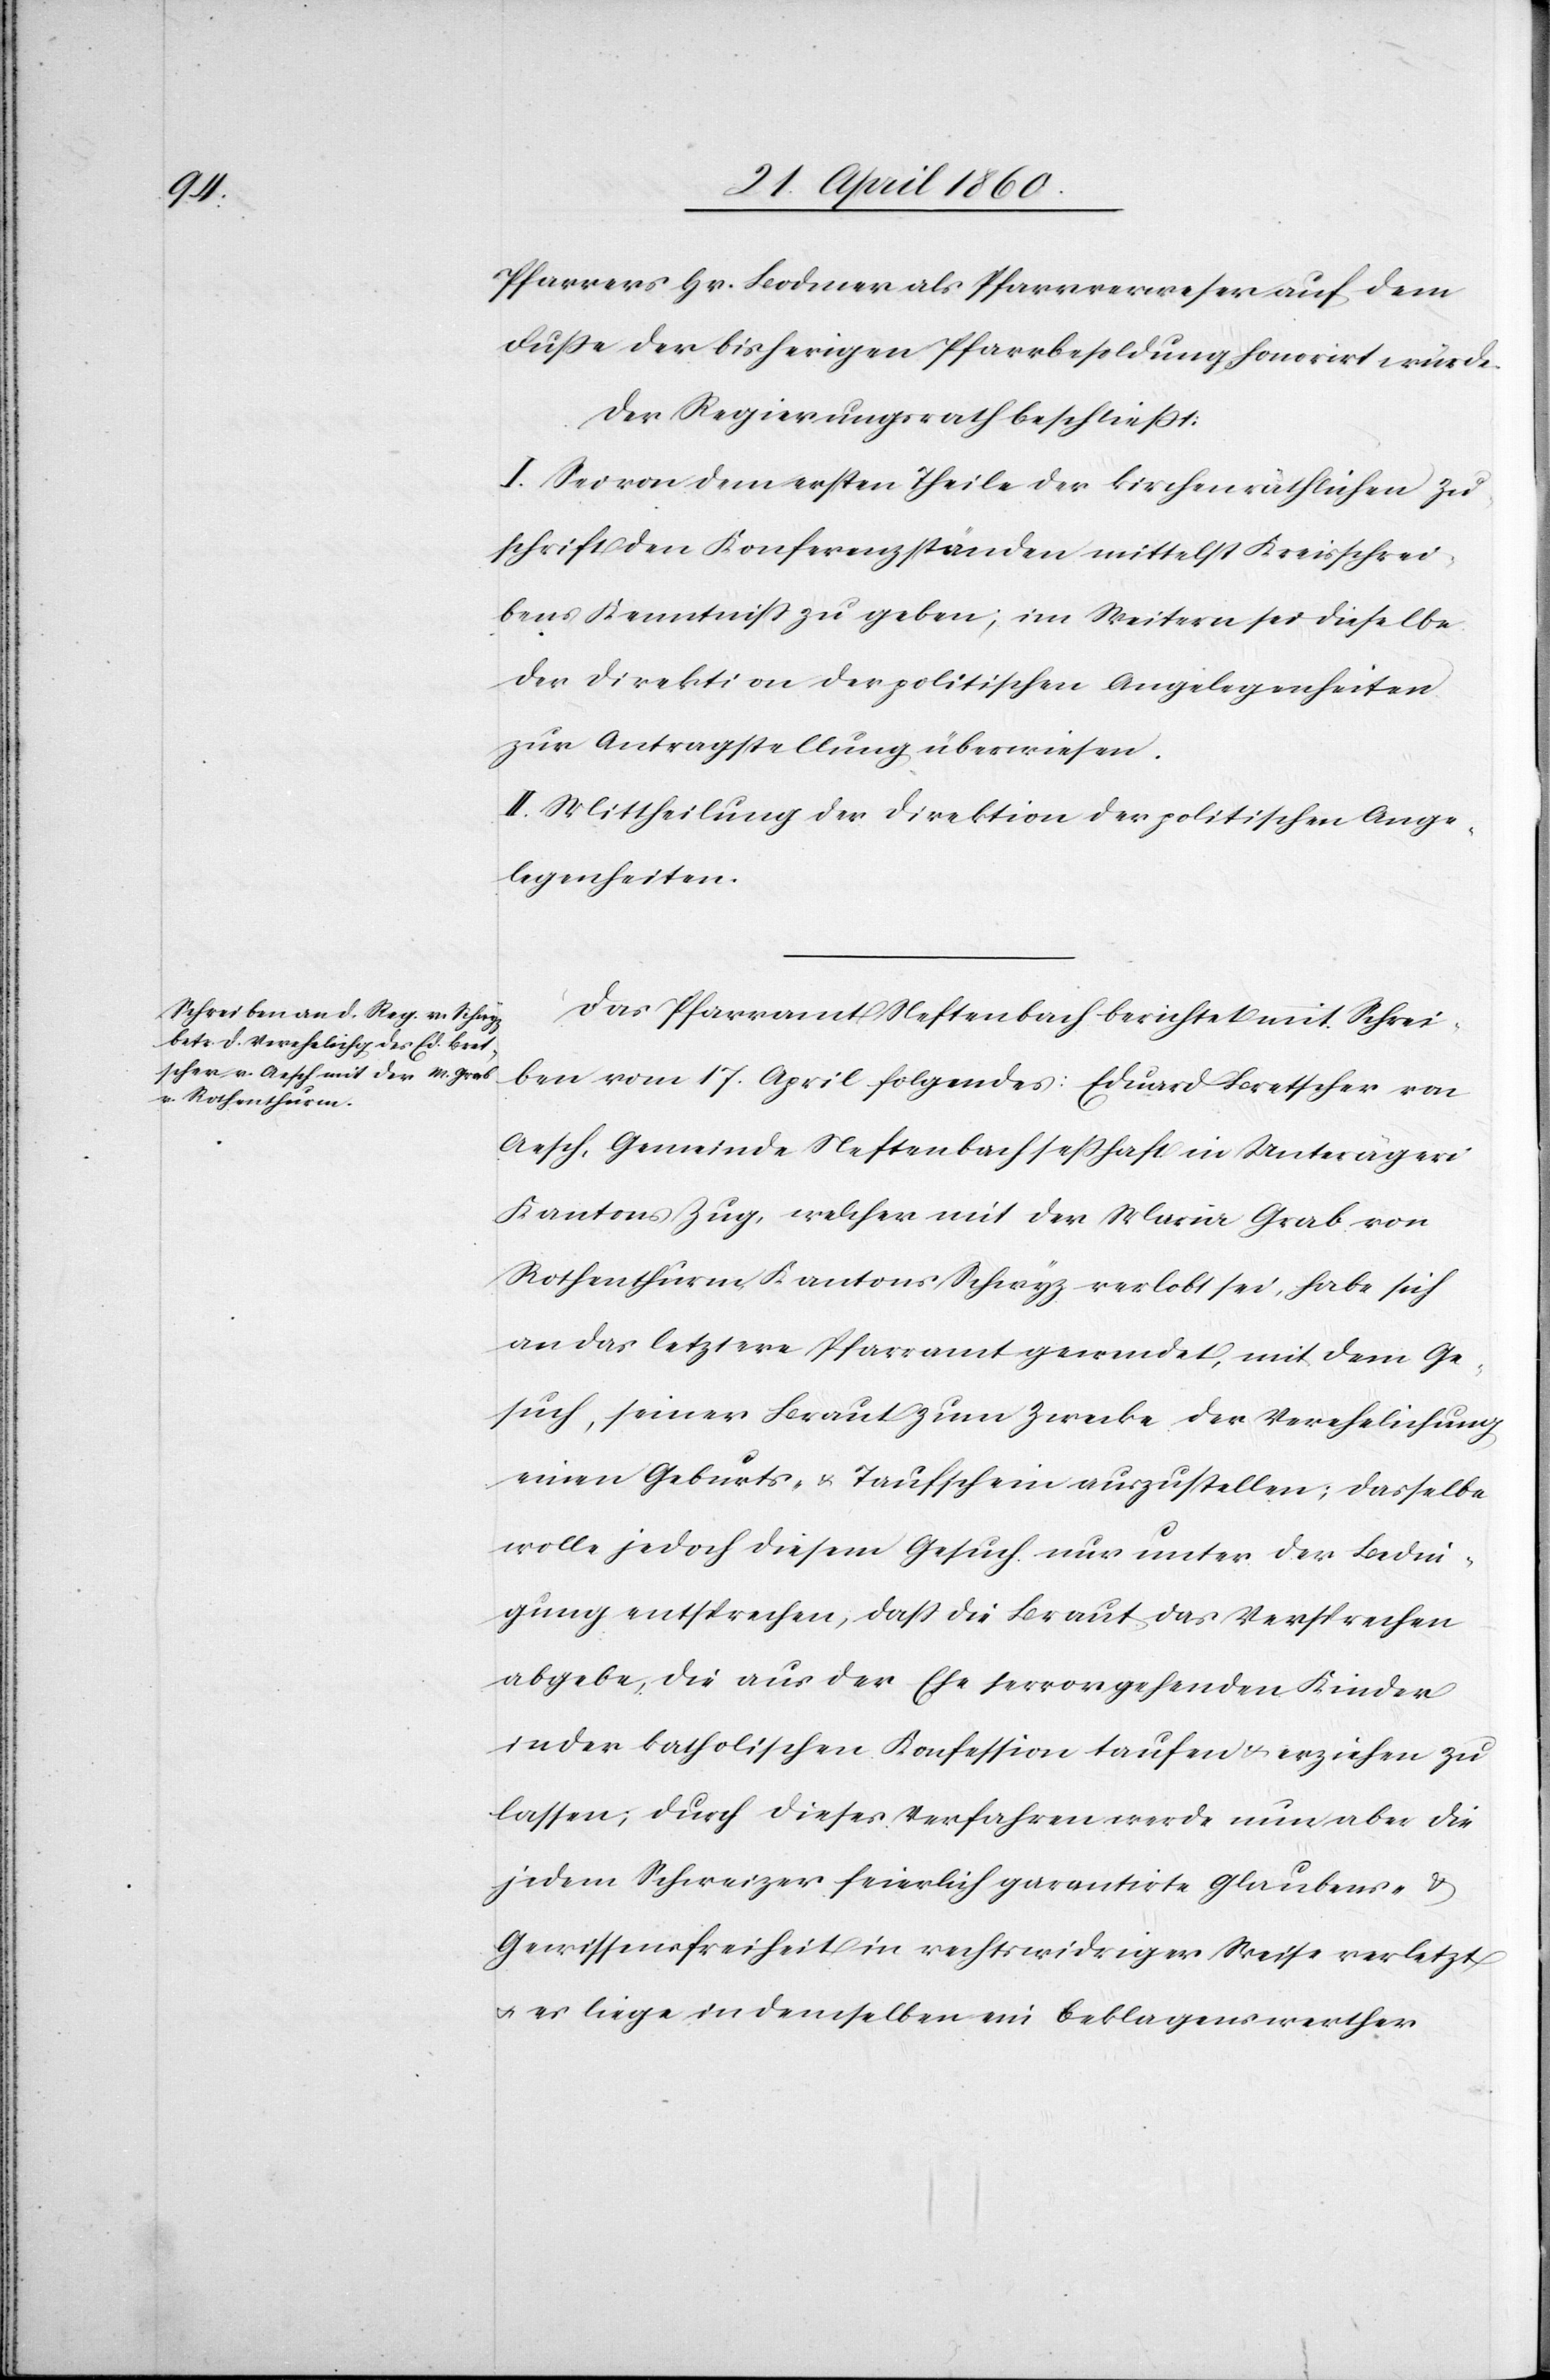
Pfarrers Hr. Bodmer als Pfarrverweser auf dem
Fusse der bisherigen Pfarrbesoldung honorirt würde.
Der Regierungsrath beschliesst:
I. Sei von dem ersten Theile der kirchenräthlichen Zu¬
schrift den Konferenzständen mittelst Kreisschrei¬
ben Kenntniss zu geben; im weitern sei dieselbe
der Direktion der politischen Angelegenheiten
zur Antragstellung überwiesen.
II. Mittheilung der Direktion der politischen Ange¬
legenheiten.
Das Pfarramt Neftenbach berichtet mit Schrei¬
ben vom 17. April folgendes: Eduard Bretscher von
Aesch, Gemeinde Neftenbach seßhaft in Unterägeri,
Kantons Zug, welcher mit der Maria Grab von
Rothenthum, Kantons Schwyz verlobt sei, habe sich
an das letztere Pfarramt gewendet, mit dem Ge¬
such, seiner Braut zum Zwecke der Verehelichung
einen Geburts- u. Taufschein auszustellen, dasselbe
wolle jedoch diesem Gesuch nur unter der Bedin¬
gung entsprechen, dass die Braut das Versprechen
abgebe, die aus der Ehe hervorgehenden Kinder
in der katholischen Konfession taufen u. erziehen zu
lassen; durch dieses Verfahren werde nun aber die
jedem Schweizer feierlich garantirte Glaubens- u.
Gewissensfreiheit in rechtswidriger Weise verletzt
u. es liege in demselben ein beklagenswerther